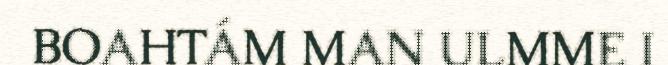
BOAHTÁM MAN ULMME I